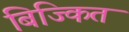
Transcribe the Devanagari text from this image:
बिज्कित